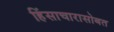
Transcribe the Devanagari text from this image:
हिंसाचारासोबत